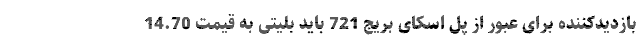
بازدیدکننده برای عبور از پل اسکای بریج 721 باید بلیتی به قیمت 14.70